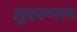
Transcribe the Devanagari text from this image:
सूक्बष्नाम